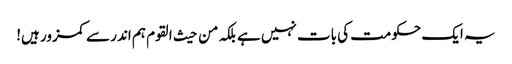
یہ ایک حکومت کی بات نہیں ہے بلکہ من حیث القوم ہم اندر سے کمزور ہیں!